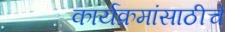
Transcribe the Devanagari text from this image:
कार्यक्रमांसाठीचे